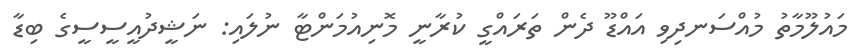
މައުލޫމާތު މުއްސަނދިވި އައްޑޫ ދެން ތަރައްގީ ކުރާނީ މޮނިއުމަންޓާ ނުލައި: ނަޝީދުއީސީސީގެ ބިޑާ